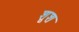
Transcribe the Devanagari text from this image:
शूश